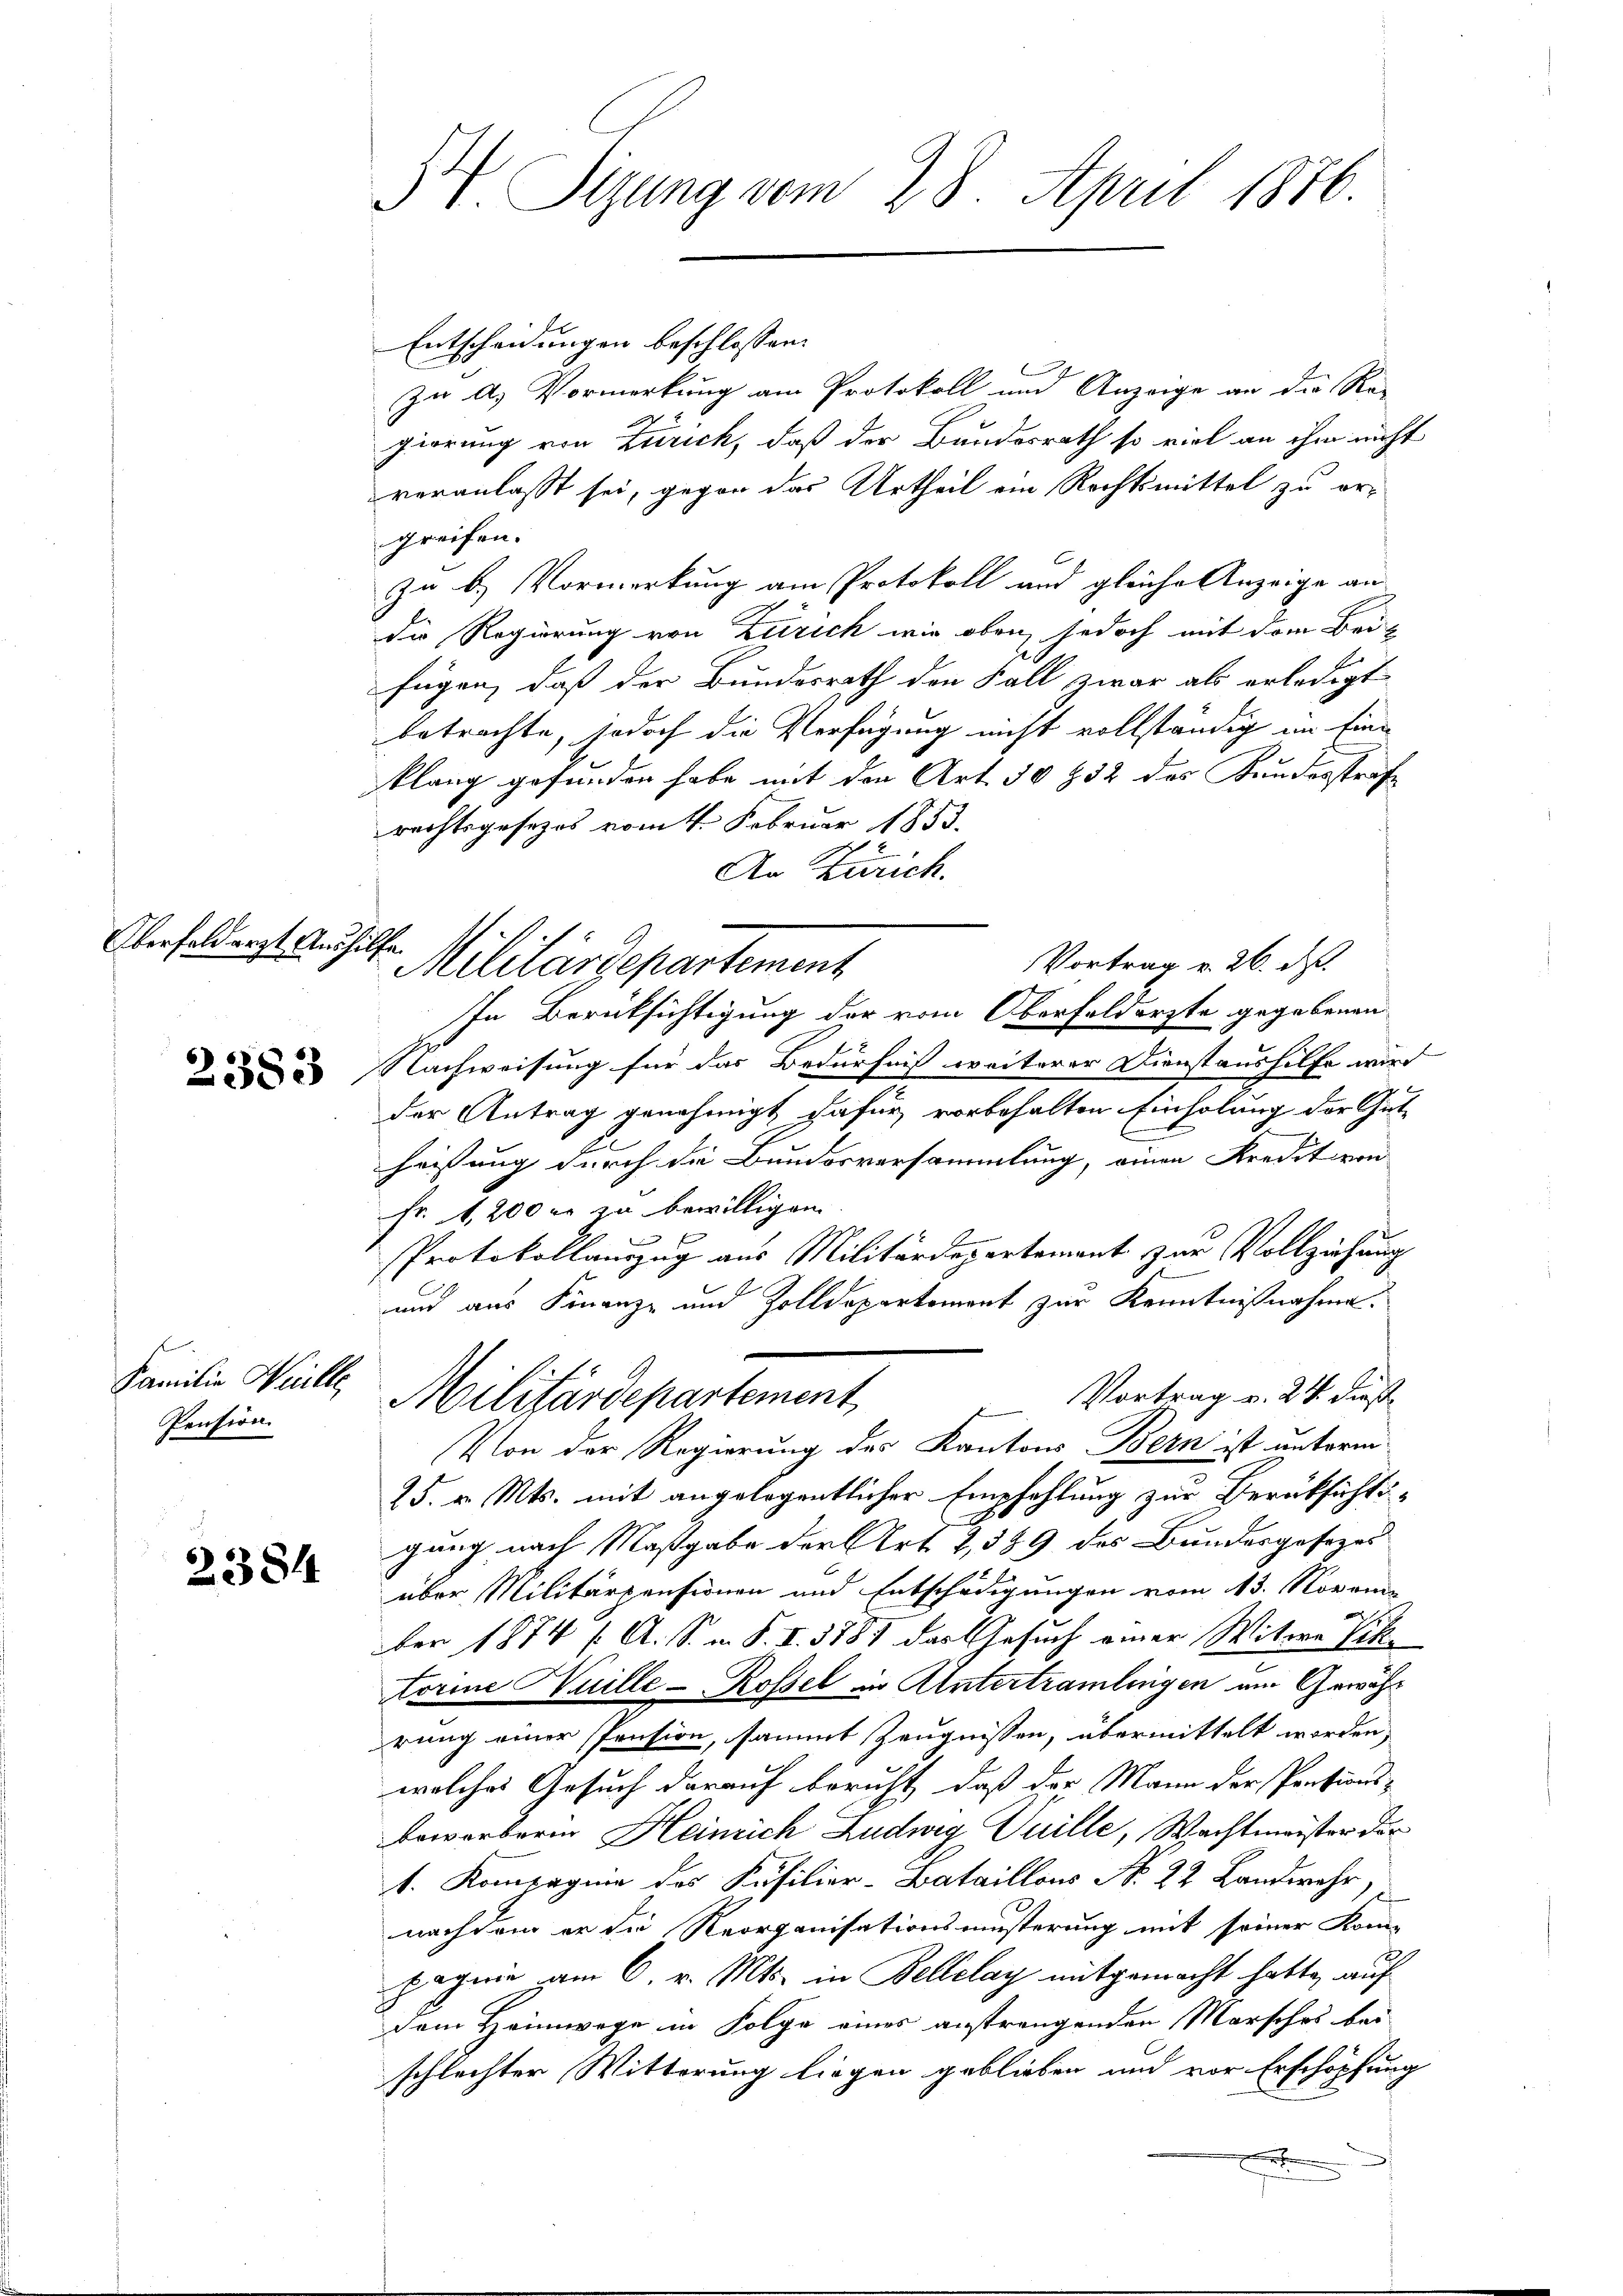
Oberfolderst Aushilfe.

Familie Heille
Pension

2384

IV. Sizung vom 28. April 1876.

Militärdepartement

Entscheidungen beschlossen:
zu A. Vormerkung am Protokoll und Anzeige an die Re-
gierung von Zürich, daß der Bundesrath so viel an ihm nicht
veranlasst sei, gegen das Urtheil ein Rechtsmittel zu orgreifen.
zu b.) Vormerkung am Protokoll und gleiche Anzeige an
die Regierung von Zürich wie oben, jedoch mit dem Bei-
fügen, daß der Bundesrath den Fall zwar als erledigt
betrachte, jedoch die Verfügung nicht vollständig im Ein-
klang gefunden habe mit den Art. 30 832 das Kundesstrafe
rechtsgesezes vom 4. Februar 1853.
An Zürich.
Vortrag v. 26. d.
In Berüksichtigung der vom Oberfelderste gegebenen
 Nachweisung für das Bedürfnis weiterer Dienstaushilfe wird
der Antrag genehmigt dafür vorbehalten Einholung der Gut-
heissung durch die Bunderversammlung, einen Kredit von
Fr. 1200 er zu bewilligen.
 f
Protokollauszug aus Militärdepartement zur Vollziehung
und aus Finanz- und Zolldepartement zur Kenntnißnahme.
Vortrag v. 24. dieß
Militärdepartement
Von der Regierung des Kantons Bern ist unterm
25. v. Mts. mit angelegentlicher Empfehlung zur Berücksichts-
gung nach Maßgabe der Art. 2, 389 des Bundesgesezes
über Militärpensionen und Entschädigungen vom 13. Novem-
ber 1874 f. A. S. m. S. I. 3887 das Gesuch einer Witwe Vik
Aorine Wuille - Rossel in Untertramlingen am Gewähr
rung einer spension, sammt Zeugnissen, übermittelt worden,
wolches Gesuch darauf beruht, daß der Mann der Pensions-
beworberen Heinrich Ludwig Guille, Wachtmeister der
1. Kompagnie des Kusilier-Bataillons No. 22 Landwehr,
nachdem er die Reorganisationsmüsterung mit seiner Kom-
pagnie am 6. v. Mts. in Bellelay mitgemacht hatte, auf
Dem Heimwege in Folge eines anstrangenden Marsches bei
schlechter Witterung liegen geblieben und vor Erschöpfung
.